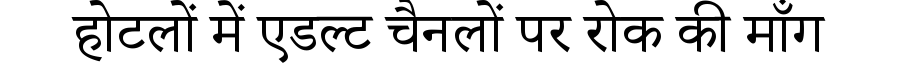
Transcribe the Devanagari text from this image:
होटलों में एडल्ट चैनलों पर रोक की माँग